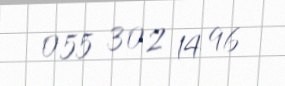
055 302 14 96